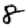
Digit: 8